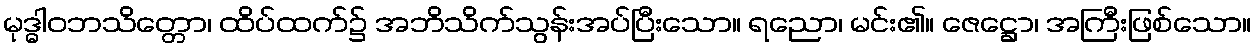
မုဒ္ဓါဝဘသိတ္တော၊ ထိပ်ထက်၌ အဘိသိက်သွန်းအပ်ပြီးသော။ ရညော၊ မင်း၏။ ဇေဋ္ဌော၊ အကြီးဖြစ်သော။